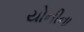
યોનીના